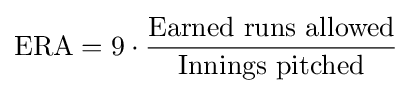
\mathrm {ERA} =9\cdot {\frac {\mathrm {Earned~runs~allowed} }{\mathrm {Innings~pitched} }}